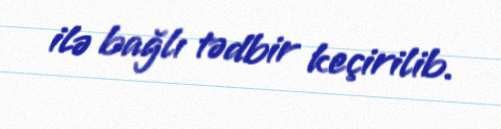
ilə bağlı tədbir keçirilib.